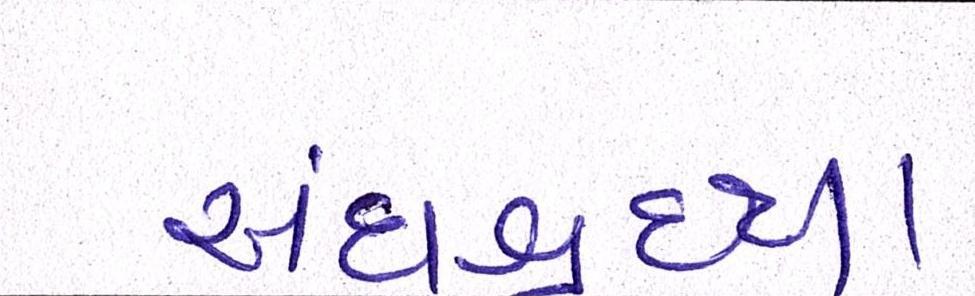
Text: અંધશ્રદ્ધા